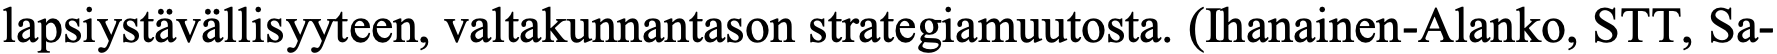
lapsiystävällisyyteen, valtakunnantason strategiamuutosta. (Ihanainen-Alanko, STT, Sa-